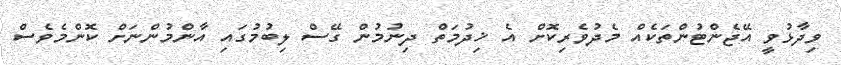
ވިދާޅުވީ އޭޖެންޓުންތަކެއް މެދުވެރިކޮށް އެ ޚިދުމަތް ދިނުމުން ގޭސް ލިބުމުގައި އާންމުންނަށް ކޮންމެވެސް